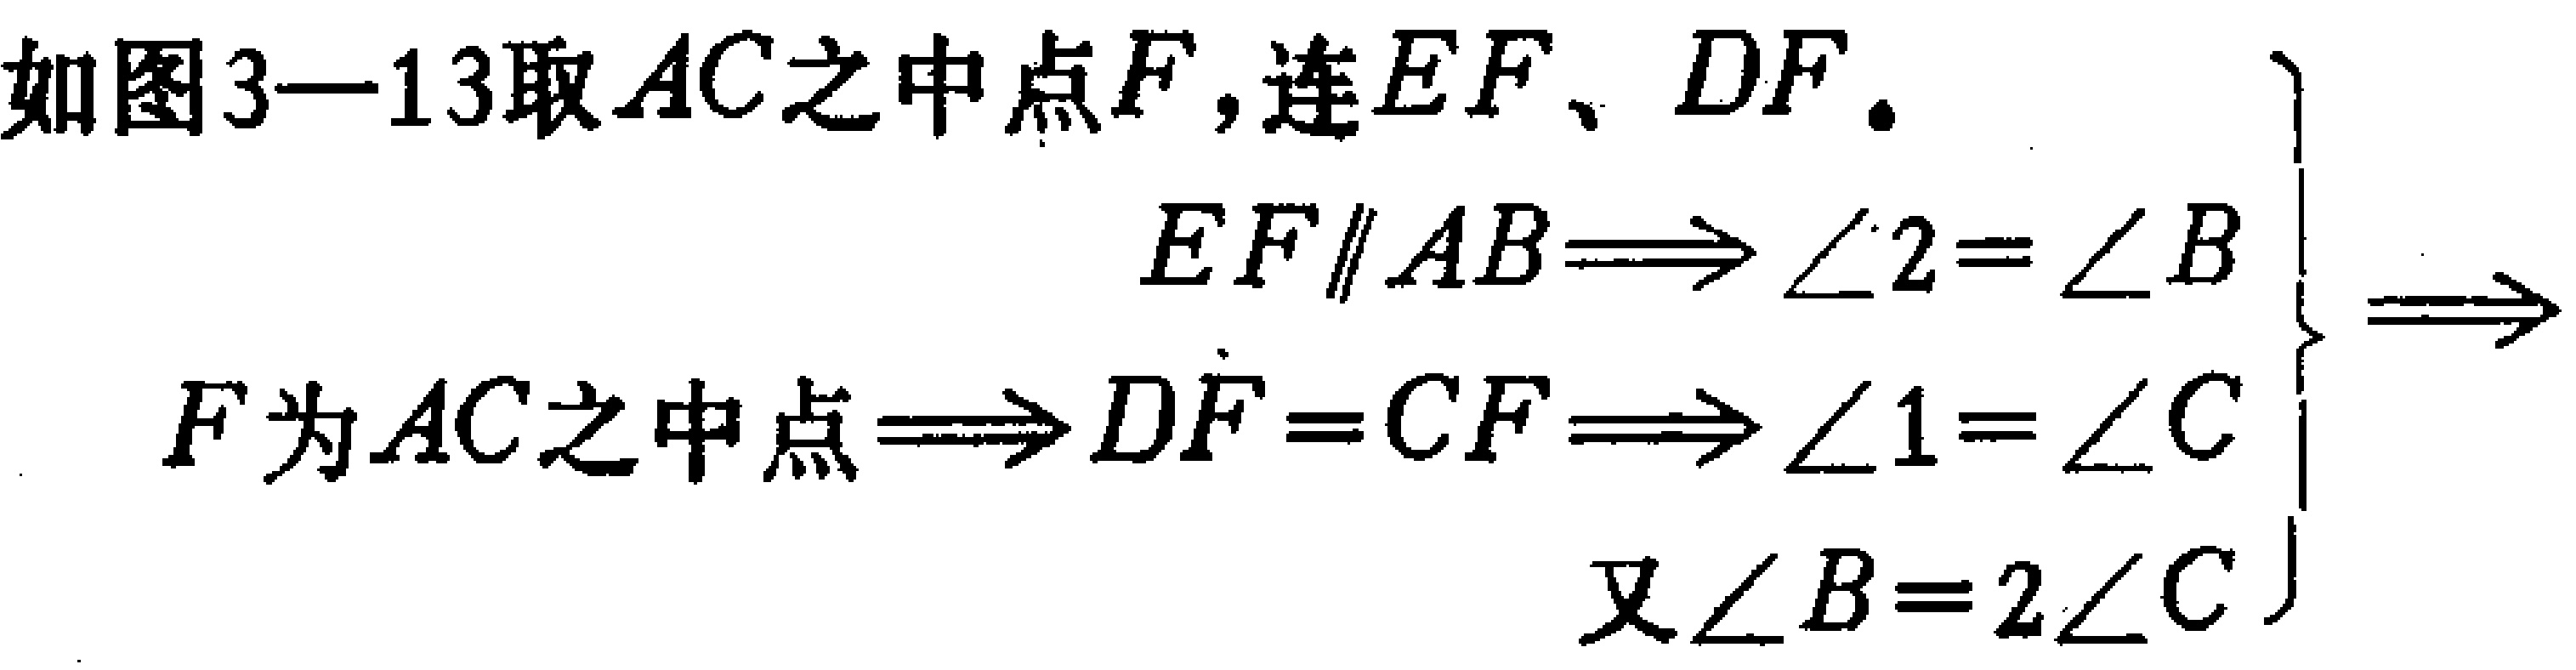
如图3—13取 \(AC\) 之中点 \(F\)，连 \(EF\)、\(DF\)。

\[

\left.

\begin{array}{l}

EF\parallel AB\Longrightarrow\angle 2 = \angle B\\

F为AC之中点\Longrightarrow DF = CF\Longrightarrow\angle 1=\angle C\\

又\angle B = 2\angle C

\end{array}

\right\}

\Longrightarrow

\]